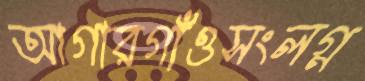
আগারগাঁওসংলগ্ন